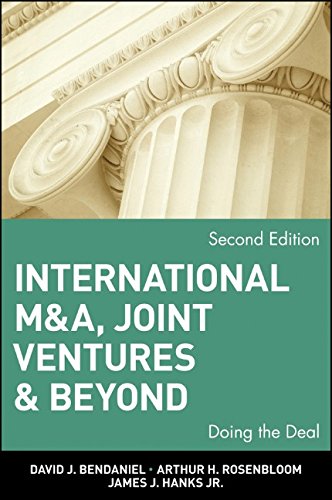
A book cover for International M&A, Joint Ventures and Beyond: Doing the Deal; David J. BenDaniel; Business & Money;